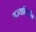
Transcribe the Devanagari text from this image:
राज्याविहीन